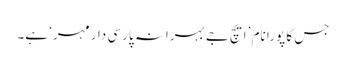
جس کا پورا نام ’ایچ جے بہرانہ پارسی دار مہر‘ ہے۔